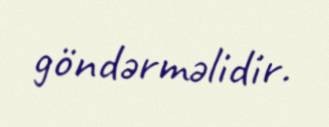
göndərməlidir.